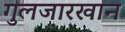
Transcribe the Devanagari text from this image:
गुलजारखान